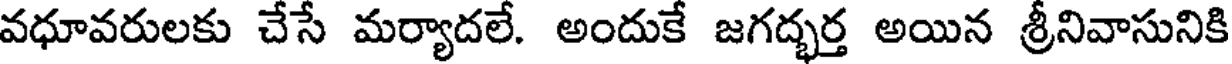
వధూవరులకు చేసే మర్యాదలే. అందుకే జగద్భర్త అయిన శ్రీనివాసునికి